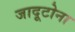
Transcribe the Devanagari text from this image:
जादूटोना